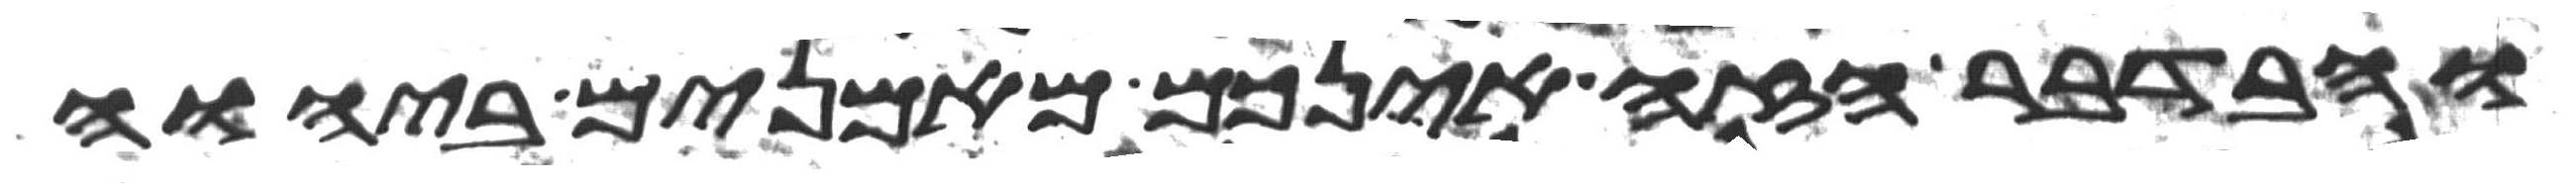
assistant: ובדבר הזה אינכם מאמנים ביהוה